Vaccination report Assam 1896-1927 - 1896-1927
Year: 1896
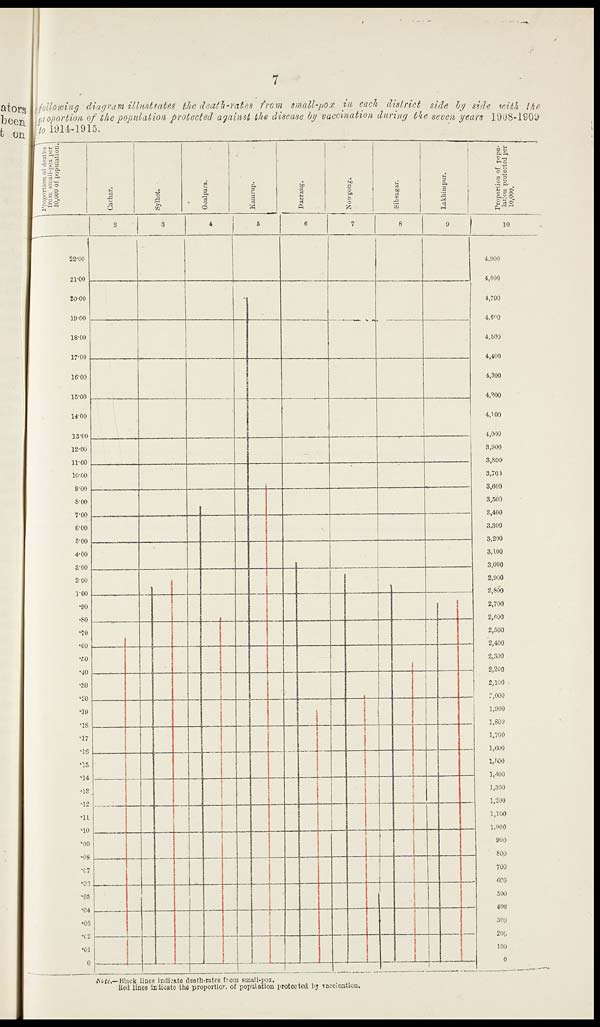
7
following diagram illustrates the death-rates from small-pox in each district side by side with the
proportion of the population protected against the disease by vaccination during the seven years 1908-1909
to 1914-1915.
Note.—Black lines indicate death-rates from small-pox.
Red lines indicate the proportion of population protected by vaccination.